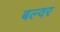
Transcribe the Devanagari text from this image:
बल्वर